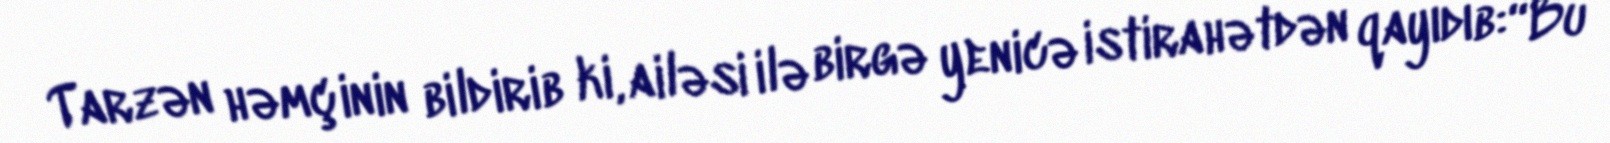
Tarzən həmçinin bildirib ki, ailəsi ilə birgə yenicə istirahətdən qayıdıb:“Bu